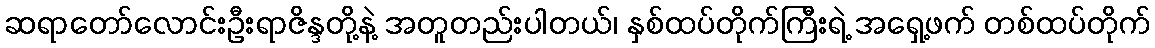
ဆရာတော်လောင်းဦးရာဇိန္ဒတို့နဲ့ အတူတည်းပါတယ်၊ နှစ်ထပ်တိုက်ကြီးရဲ့ အရှေ့ဖက် တစ်ထပ်တိုက်